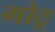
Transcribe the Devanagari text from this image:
गोठू